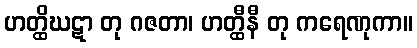
ဟတ္ထိဃဋာ တု ဂဇတာ၊ ဟတ္ထီနီ တု ကရေဏုကာ။